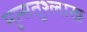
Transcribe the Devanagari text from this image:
मुत्सतुश्लाख